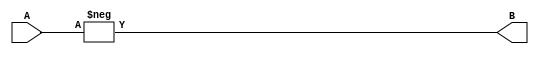
module neg(A, B);
input [31:0] A;
output [31:0] B;
always @ (A) begin
    B = -A;
    end
endmodule